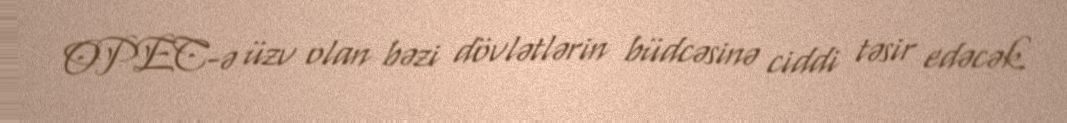
OPEC-ə üzv olan bəzi dövlətlərin büdcəsinə ciddi təsir edəcək.